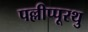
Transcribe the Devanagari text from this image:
पल्लीप्पूरथु